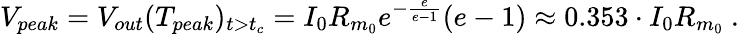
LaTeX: V_{peak}=V_{out}(T_{peak})_{t>t_{c}}=I_{0}R_{m_{0}}e^{-\frac{e}{e-1}}(e-1)\approx 0.353\cdot I_{0}R_{m_{0}}~.